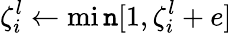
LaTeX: \zeta_{i}^{l}\gets\operatorname*{mi\mathtt{n}}[1,\zeta_{i}^{l}+e]